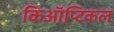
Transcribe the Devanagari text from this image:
किऑप्टिकल